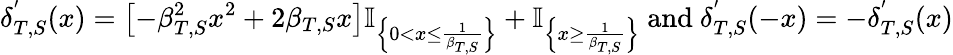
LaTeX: \delta_{T,S}^{'}(x)=\left[-\beta_{T,S}^{2}x^{2}+2\beta_{T,S}x\right]\mathbb{I}_{\left\{ 0<x\leq\frac{1}{\beta_{T,S}}\right\} }+\mathbb{I}_{\left\{ x\geq\frac{1}{\beta_{T,S}}\right\} }~\mathrm{and}~\delta_{T,S}^{'}(-x)=-\delta_{T,S}^{'}(x)